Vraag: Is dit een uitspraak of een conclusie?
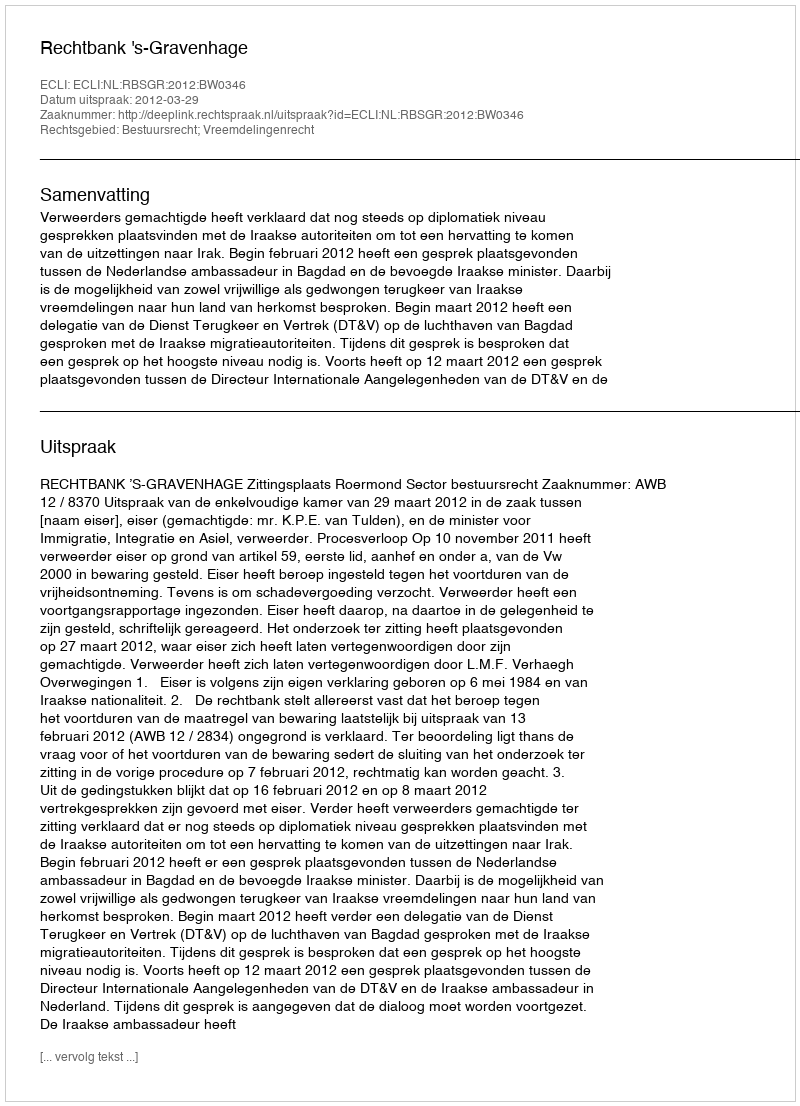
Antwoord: Uitspraak